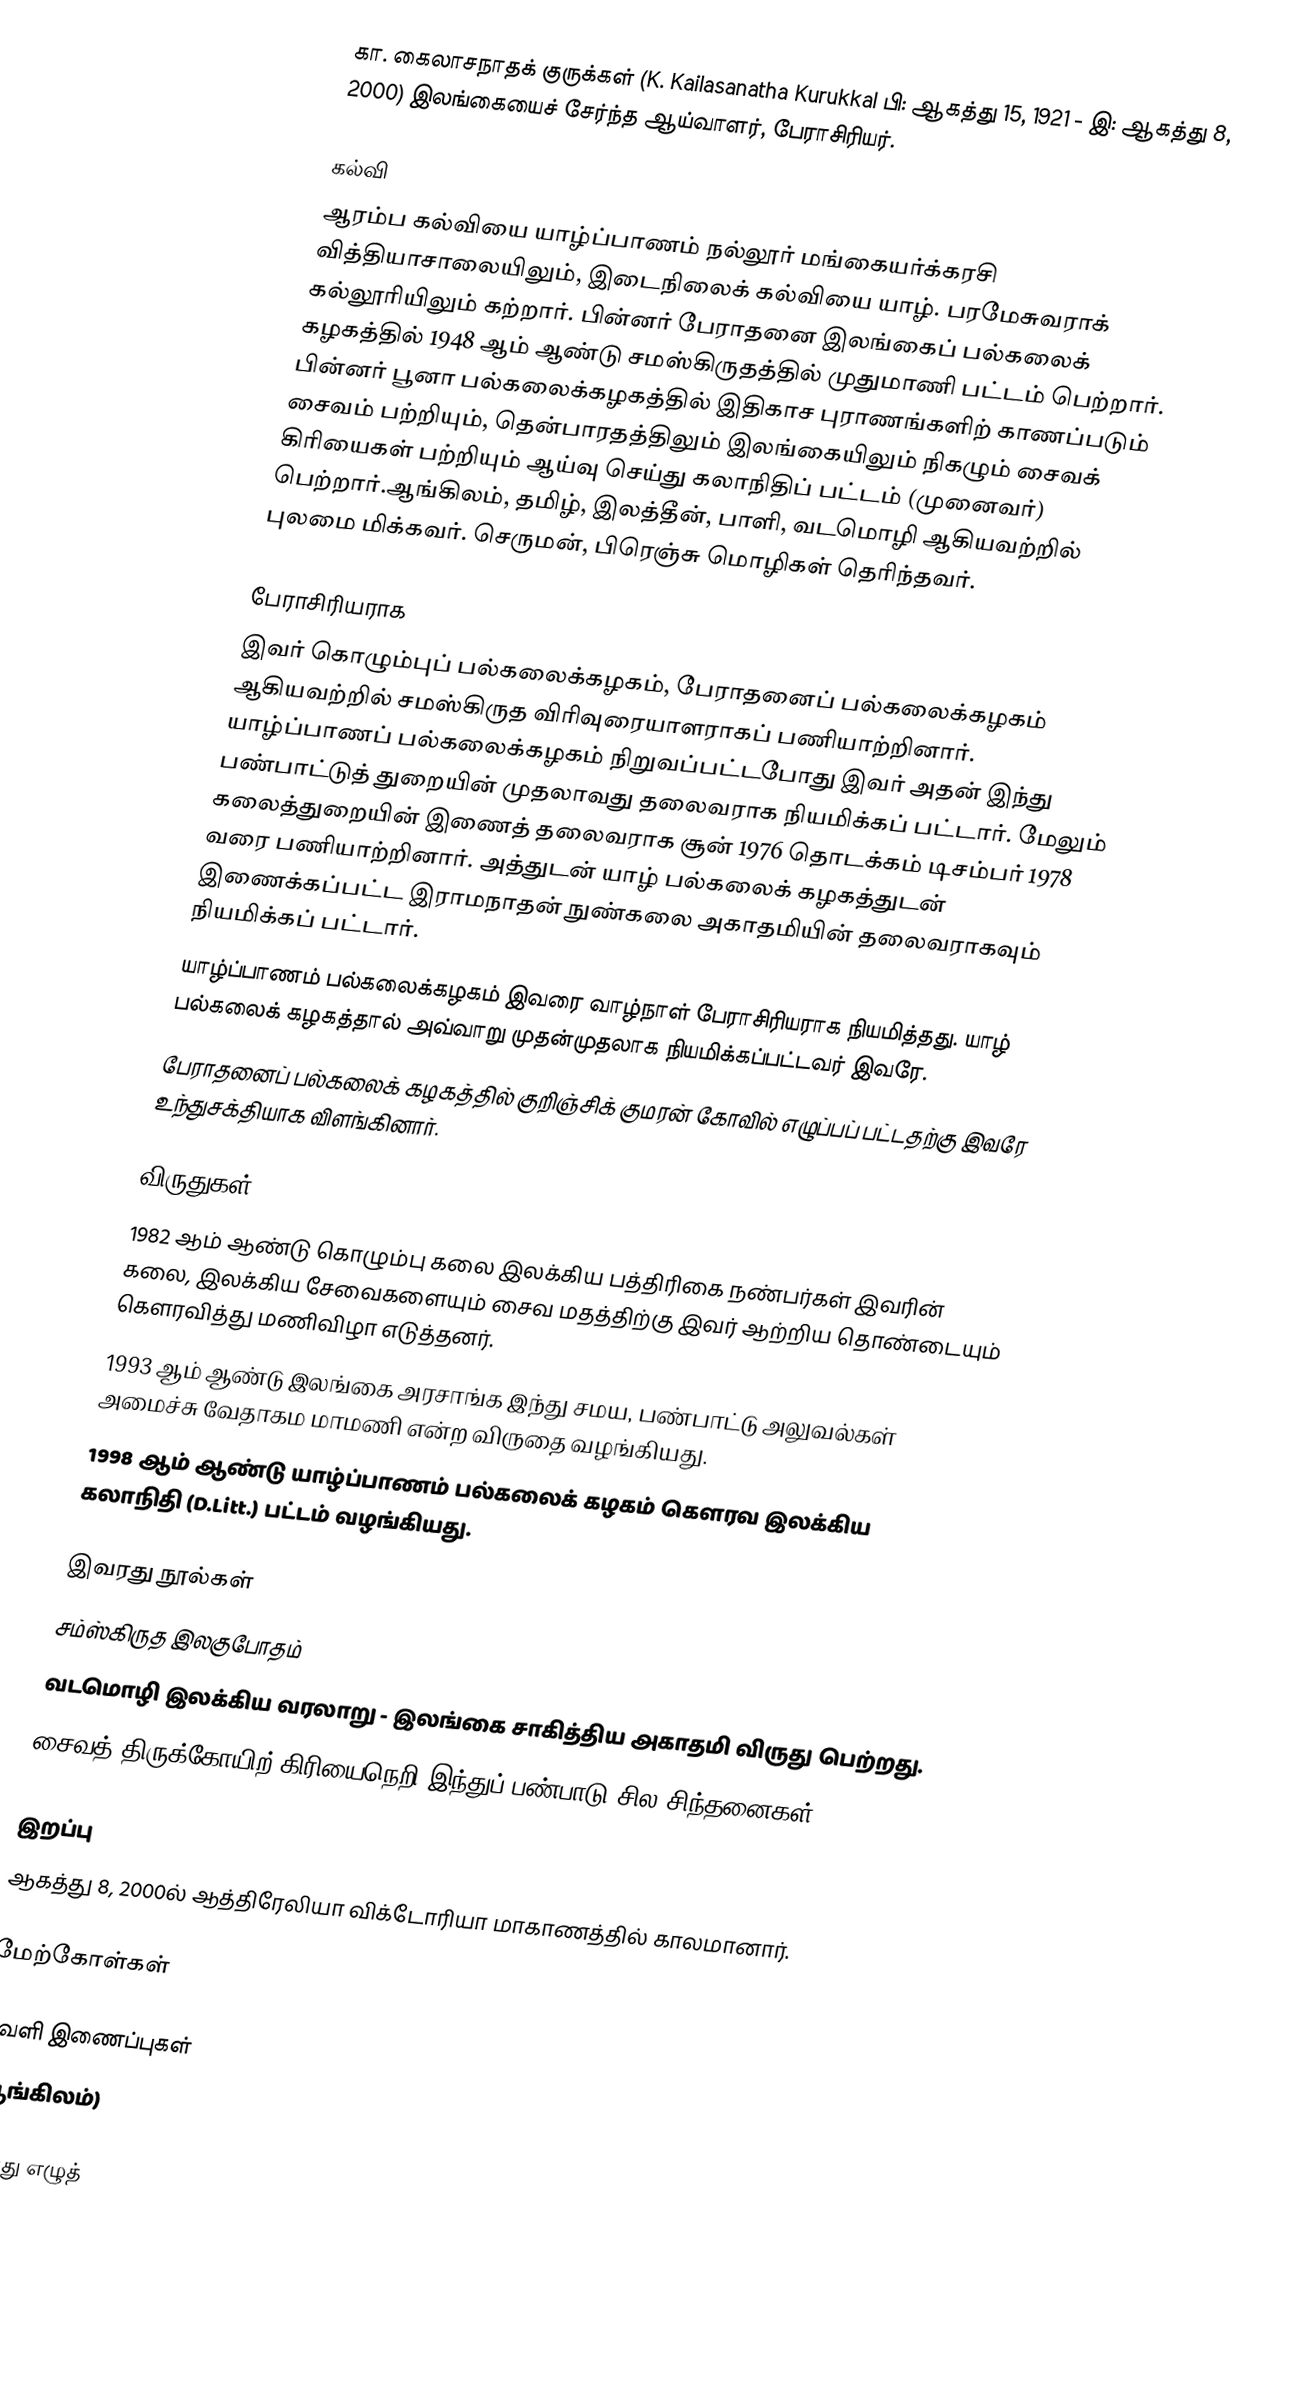
கா. கைலாசநாதக் குருக்கள் (K. Kailasanatha Kurukkal பி: ஆகத்து 15, 1921 - இ: ஆகத்து 8, 2000) இலங்கையைச் சேர்ந்த ஆய்வாளர், பேராசிரியர்.

கல்வி
ஆரம்ப கல்வியை யாழ்ப்பாணம் நல்லூர் மங்கையர்க்கரசி வித்தியாசாலையிலும், இடைநிலைக் கல்வியை யாழ். பரமேசுவராக் கல்லூரியிலும் கற்றார். பின்னர் பேராதனை இலங்கைப் பல்கலைக் கழகத்தில் 1948 ஆம் ஆண்டு சமஸ்கிருதத்தில் முதுமாணி பட்டம் பெற்றார். பின்னர் பூனா பல்கலைக்கழகத்தில் இதிகாச புராணங்களிற் காணப்படும் சைவம் பற்றியும், தென்பாரதத்திலும் இலங்கையிலும் நிகழும் சைவக் கிரியைகள் பற்றியும் ஆய்வு செய்து கலாநிதிப் பட்டம் (முனைவர்) பெற்றார்.ஆங்கிலம், தமிழ், இலத்தீன், பாளி, வடமொழி ஆகியவற்றில் புலமை மிக்கவர். செருமன், பிரெஞ்சு மொழிகள் தெரிந்தவர்.

பேராசிரியராக
இவர் கொழும்புப் பல்கலைக்கழகம், பேராதனைப் பல்கலைக்கழகம்  ஆகியவற்றில் சமஸ்கிருத விரிவுரையாளராகப் பணியாற்றினார். யாழ்ப்பாணப் பல்கலைக்கழகம் நிறுவப்பட்டபோது இவர் அதன் இந்து பண்பாட்டுத் துறையின் முதலாவது தலைவராக நியமிக்கப் பட்டார். மேலும் கலைத்துறையின் இணைத் தலைவராக சூன் 1976 தொடக்கம் டிசம்பர் 1978 வரை பணியாற்றினார். அத்துடன் யாழ் பல்கலைக் கழகத்துடன் இணைக்கப்பட்ட இராமநாதன் நுண்கலை அகாதமியின் தலைவராகவும் நியமிக்கப் பட்டார்.
யாழ்ப்பாணம் பல்கலைக்கழகம் இவரை வாழ்நாள் பேராசிரியராக நியமித்தது. யாழ் பல்கலைக் கழகத்தால் அவ்வாறு முதன்முதலாக நியமிக்கப்பட்டவர் இவரே.
பேராதனைப் பல்கலைக் கழகத்தில் குறிஞ்சிக் குமரன் கோவில் எழுப்பப் பட்டதற்கு இவரே உந்துசக்தியாக விளங்கினார்.

விருதுகள்
 1982 ஆம் ஆண்டு கொழும்பு கலை இலக்கிய பத்திரிகை நண்பர்கள் இவரின் கலை, இலக்கிய சேவைகளையும் சைவ மதத்திற்கு இவர் ஆற்றிய தொண்டையும் கெளரவித்து மணிவிழா எடுத்தனர்.
 1993 ஆம் ஆண்டு இலங்கை அரசாங்க இந்து சமய, பண்பாட்டு அலுவல்கள் அமைச்சு வேதாகம மாமணி என்ற விருதை வழங்கியது.
 1998 ஆம் ஆண்டு யாழ்ப்பாணம் பல்கலைக் கழகம் கெளரவ இலக்கிய கலாநிதி (D.Litt.) பட்டம் வழங்கியது.

இவரது நூல்கள்
 சம்ஸ்கிருத இலகுபோதம்
 வடமொழி இலக்கிய வரலாறு - இலங்கை சாகித்திய அகாதமி விருது பெற்றது.
 சைவத் திருக்கோயிற் கிரியைநெறி இந்துப் பண்பாடு சில சிந்தனைகள்''

இறப்பு
ஆகத்து 8, 2000ல் ஆத்திரேலியா விக்டோரியா மாகாணத்தில் காலமானார்.

மேற்கோள்கள்

வெளி இணைப்புகள்
 (ஆங்கிலம்)

ஈழத்து எழுத்